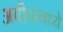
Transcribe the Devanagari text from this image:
अवीव्हमध्ये